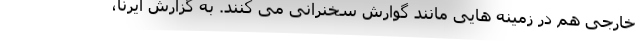
خارجی هم در زمینه هایی مانند گوارش سخنرانی می کنند. به گزارش ایرنا،